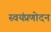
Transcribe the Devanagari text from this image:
स्वयंप्रणोदन